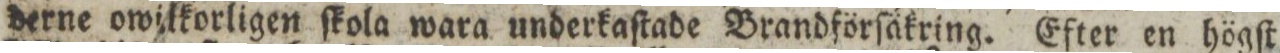
derne owilkorligen ſkola wara underkaſtade Brandförſäkring. Efter en högſt